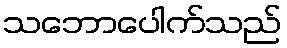
သဘောပေါက်သည်